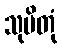
သုပိတုံ